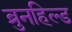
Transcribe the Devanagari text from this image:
ब्रुनहिल्ड